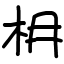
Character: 枏